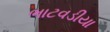
ભાટવડીયા